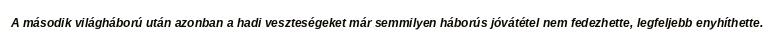
A második világháború után azonban a hadi veszteségeket már semmilyen háborús jóvátétel nem fedezhette, legfeljebb enyhíthette.